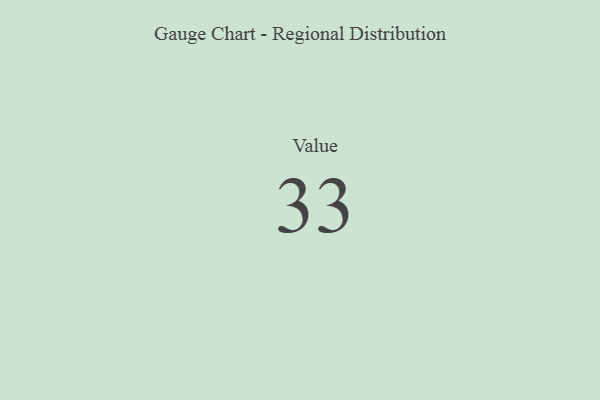
{"axis": {"x": "Metric", "y": "Value"}, "legend": [""], "data": [{"x": "Value", "y": 33, "type": ""}]}